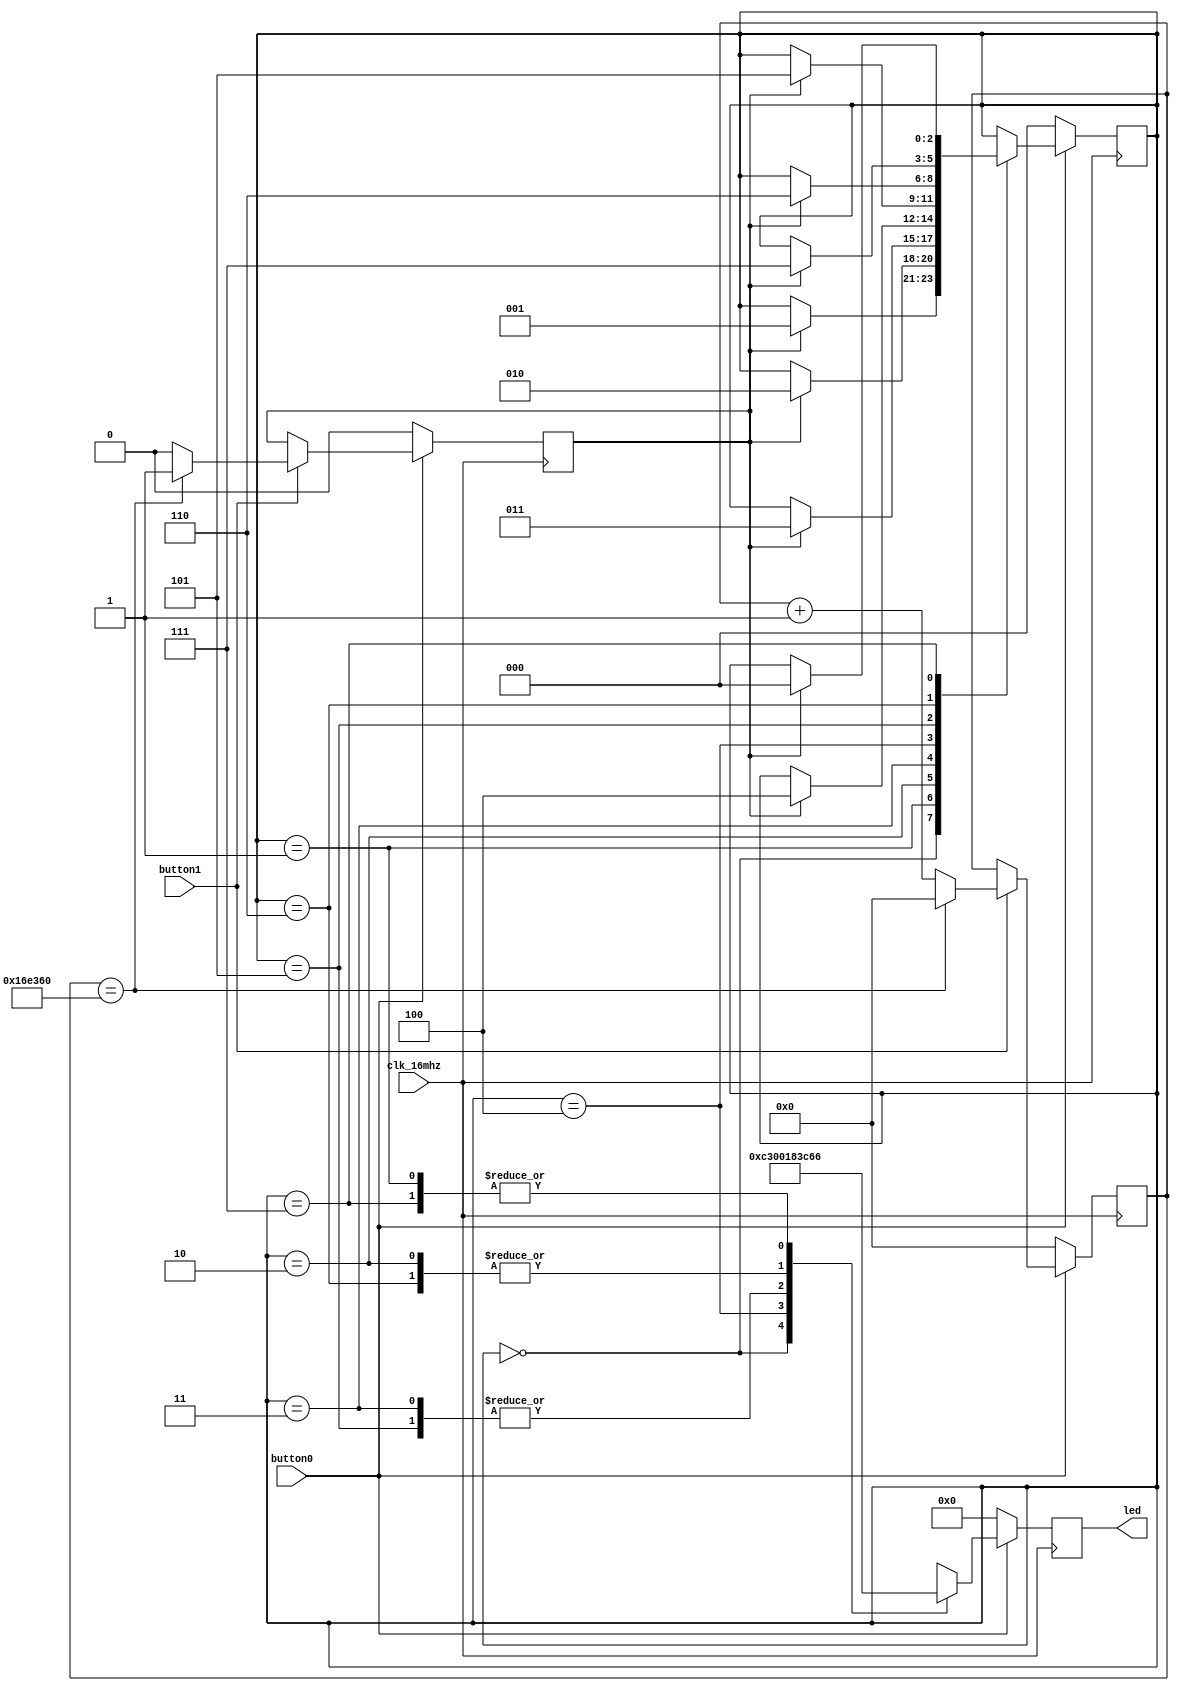
/* Light pattern leds */
/* State machine version. */

// Force error when implicit net has no type.
`default_nettype none

module state_machine1
(
    input wire clk_16mhz,
    input wire button0,
    input wire button1,
    output reg [7:0] led
);

// reset when button0 is pushed
wire reset = ~button0;

// button1 is an enable
wire en = button1;

// internal registers
reg inc_led;
reg [23:0] fast_count;
reg count_dir;
reg [2:0] shift_count;

// State machine register
reg [2:0] state;

// Constants
localparam DELAY_COUNT  = 1_500_000;
localparam COUNT_UP     = 0;
localparam COUNT_DOWN   = 1;

// State machine states
localparam STATE0  = 0;
localparam STATE1  = 1;
localparam STATE2  = 2;
localparam STATE3  = 3;
localparam STATE4  = 4;
localparam STATE5  = 5;
localparam STATE6  = 6;
localparam STATE7  = 7;

// Generate a pulse to inc_leds every
// quarter of a second.
always @ (posedge clk_16mhz)
begin
    if (reset) begin
        inc_led <= 0;
        fast_count <= 0;
    end else begin
        if (en) begin
            inc_led <= 0;       // default
            fast_count <= fast_count + 1;
            if (fast_count == DELAY_COUNT) begin
                inc_led <= 1;
                fast_count <= 0;
            end
        end
    end
end


// state machine logic
always @ (posedge clk_16mhz)
begin
    if (reset) begin
        state <= STATE0;
        led <= 0;
    end else begin
        case (state)
            STATE0 : begin
                led <= 8'b1100_0011;
                if (inc_led) begin
                    state <= STATE1;
                end
            end
            STATE1 : begin
                led <= 8'b0110_0110;
                if (inc_led) begin
                    state <= STATE2;
                end
            end
            STATE2 : begin
                led <= 8'b0011_1100;
                if (inc_led) begin
                    state <= STATE3;
                end
            end
            STATE3 : begin
                led <= 8'b0001_1000;
                if (inc_led) begin
                    state <= STATE4;
                end
            end
            STATE4 : begin
                led <= 8'b0000_0000;
                if (inc_led) begin
                    state <= STATE5;
                end
            end
            STATE5 : begin
                led <= 8'b0001_1000;
                if (inc_led) begin
                    state <= STATE6;
                end
            end
            STATE6 : begin
                led <= 8'b0011_1100;
                if (inc_led) begin
                    state <= STATE7;
                end
            end
            STATE7 : begin
                led <= 8'b0110_0110;
                if (inc_led) begin
                    state <= STATE0;
                end
            end
            default : begin
                state <= STATE0;
                led <= 0;
            end
        endcase
    end
end

endmodule